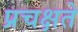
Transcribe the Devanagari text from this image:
प्रचक्षते